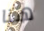
هنا